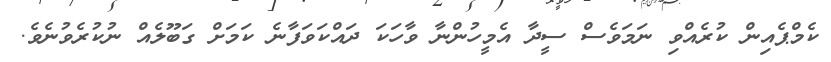
ކެމްޕެއިން ކުރެއްވި ނަމަވެސް ސީދާ އެމީހުންނާ ވާހަކަ ދައްކަވަފާނެ ކަމަށް ގަބޫލެއް ނުކުރެވުނެވެ.